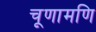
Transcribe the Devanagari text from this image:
चूणामणि